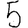
Digit: 5